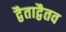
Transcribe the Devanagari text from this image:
द्वैताद्वैतव